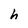
Character: h